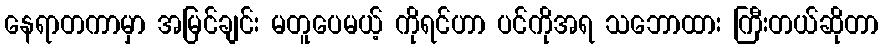
နေရာတကာမှာ အမြင်ချင်း မတူပေမယ့် ကိုရင်ဟာ ပင်ကိုအရ သဘောထား ကြီးတယ်ဆိုတာ